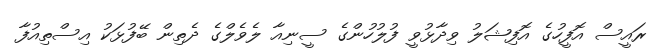
ރައީސް އޮފީހުގެ އޮފިޝަލު ވިދާޅުވީ ފުލުހުންގެ ސީނިއާ ލެވެލްގެ ދެތިން ބޭފުޅަކު އިސްތިއުފާ